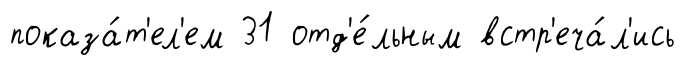
показа́т'ел'ем 31 отд'е́льным встр'еча́л'ись